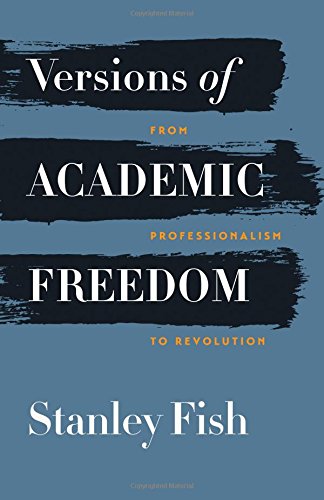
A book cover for Versions of Academic Freedom: From Professionalism to Revolution (The Rice University Campbell Lectures); Stanley Fish; Law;